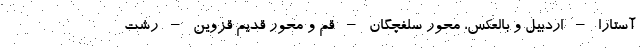
آستارا – اردبیل و بالعکس، محور سلفچگان – قم و محور قدیم قزوین – رشت